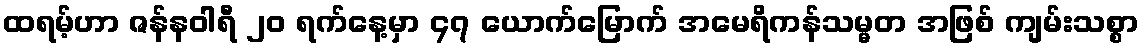
ထရမ့်ဟာ ဇန်နဝါရီ ၂၀ ရက်နေ့မှာ ၄၇ ယောက်မြောက် အမေရိကန်သမ္မတ အဖြစ် ကျမ်းသစ္စာ